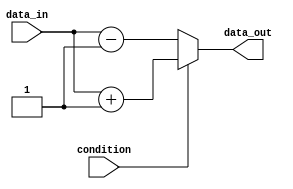
module if_else_statement(
    input wire condition,
    input wire data_in,
    output reg data_out
);

always @(*) begin
    if (condition) begin
        // code block to be executed if condition is true
        data_out = data_in + 1;
    end
    else begin
        // code block to be executed if condition is false
        data_out = data_in - 1;
    end
end

endmodule